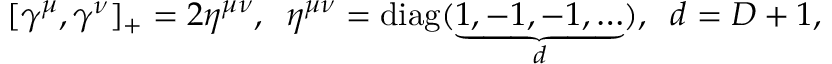
\lbrack \gamma ^ { \mu } , \gamma ^ { \nu } ] _ { + } = 2 \eta ^ { \mu \nu } , \; \; \eta ^ { \mu \nu } = \mathrm { d i a g } ( \underbrace { 1 , - 1 , - 1 , \ldots } _ { d } ) , \; \; d = D + 1 ,